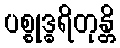
ပစ္စုဒ္ဓရိတုန္တိ